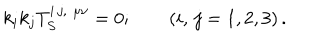
LaTeX: k _ { i } k _ { j } T _ { S } ^ { i \, j , \, \, \mu \nu } = 0 ; \qquad \left( i , \, j = 1 , 2 , 3 \right) .